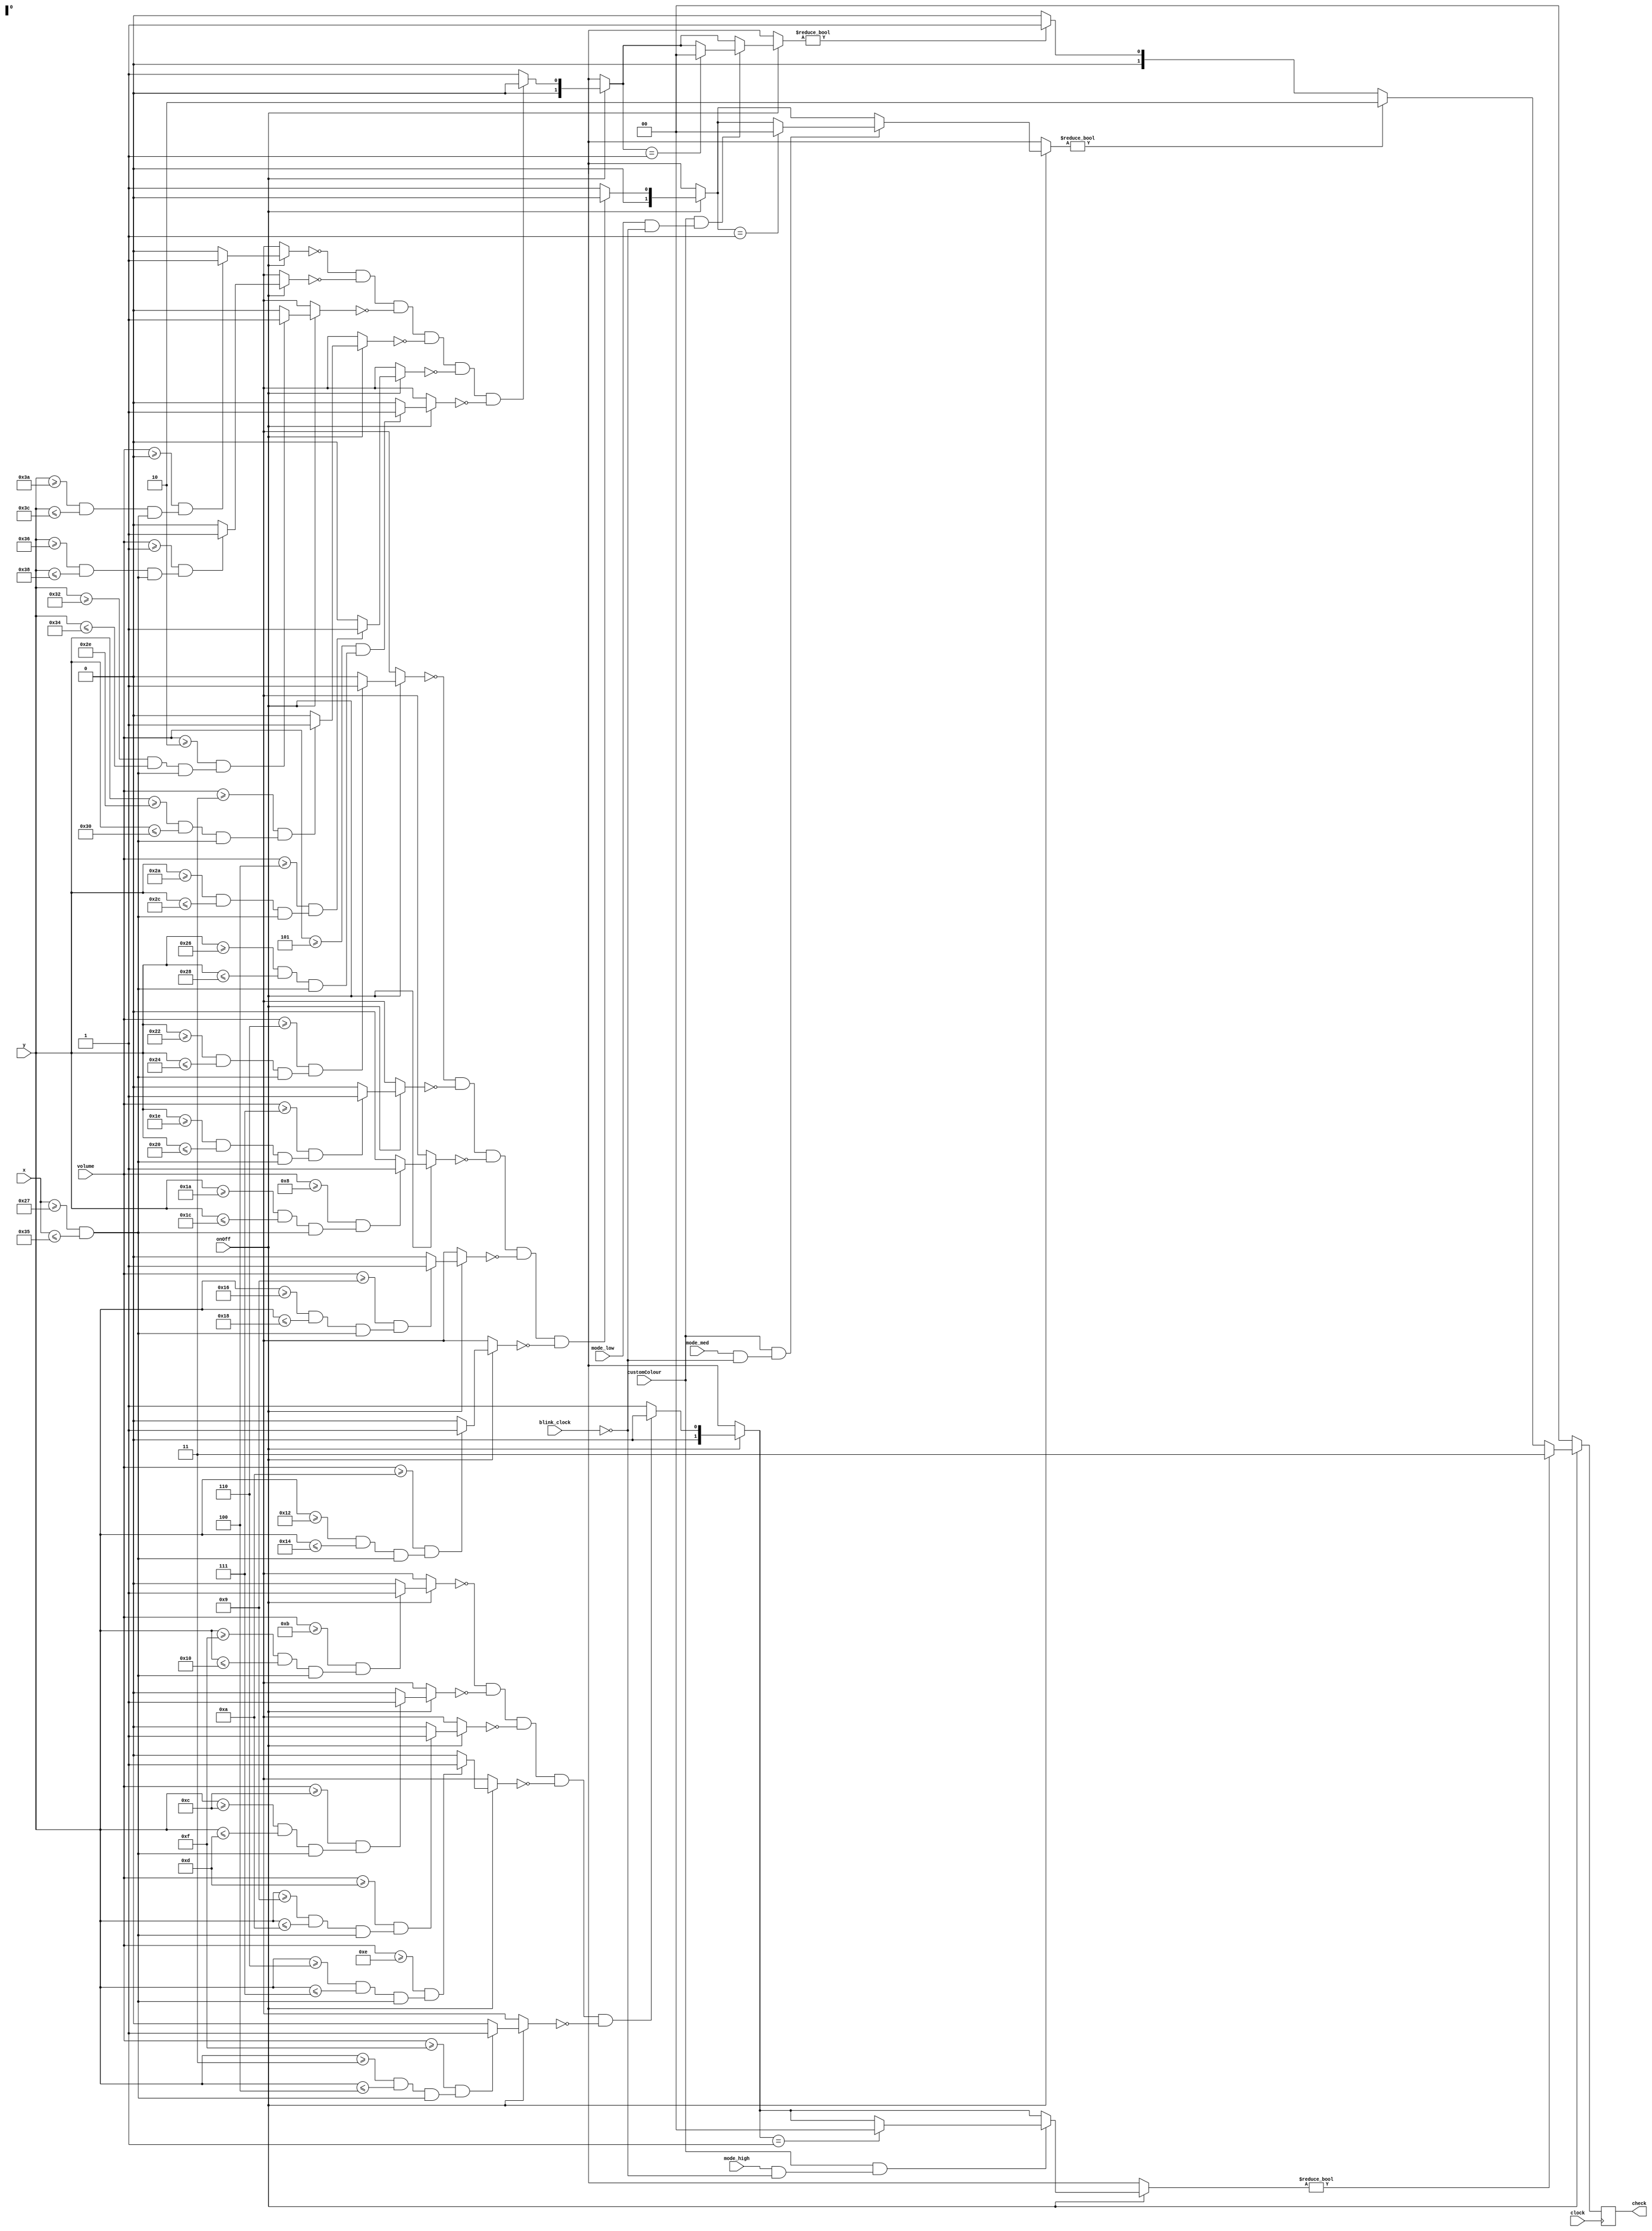
`timescale 1ns / 1ps
//////////////////////////////////////////////////////////////////////////////////
// Company: 
// Engineer: 
// 
// Design Name: 
// Module Name: volume_bar
// Project Name: 
// Target Devices: 
// Tool Versions: 
// Description: 
// 
// Dependencies: 
// 
// Revision:
// Revision 0.01 - File Created
// Additional Comments:
// 
//////////////////////////////////////////////////////////////////////////////////

//16 sound bars, 15 black lines: 58 horizontal rows to work with (Green & Yellow = 3 Pixels High, Red = 2 pixels High)
//Centre index = 47 x coordinate, 15 pixels wide (39-53)
module volume_bar(input [6:0] x, y, input clock, onOff, input [3:0] volume, output reg [1:0]check = 0, input blink_clock, mode_low, mode_med, mode_high, customColour);

    //All Flags used
    reg flag0 = 0;
    reg flag1 = 0;
    reg flag2 = 0;
    reg flag3 = 0;
    reg flag4 = 0;
    reg flag5 = 0;
    reg flag6 = 0;
    reg flag7 = 0;
    reg flag8 = 0;
    reg flag9 = 0;
    reg flag10 = 0;
    reg flag11 = 0;
    reg flag12 = 0;
    reg flag13 = 0;
    reg flag14 = 0;
    reg flag15 = 0;
    reg [1:0] low_volume = 0, medium_volume = 0, high_volume = 0;
    
    always @ (posedge clock)
    begin
        //Reset all the flags at start of each clock edge
        flag0 = 0;
        flag1 = 0;
        flag2 = 0;
        flag3 = 0;
        flag4 = 0;
        flag5 = 0;
        flag6 = 0;
        flag7 = 0;
        flag8 = 0;
        flag9 = 0;
        flag10 = 0;
        flag11 = 0;
        flag12 = 0;
        flag13 = 0;
        flag14 = 0;
        flag15 = 0;
        low_volume = 0;
        medium_volume = 0;
        high_volume = 0;
        
        //Volume Bar Enabled
        if(onOff == 1) 
        begin
            //High Volume
            if((volume >= 15) && ((y >= 3 && y <= 4) && (x >= 39 && x <= 53))) //Volume 15
            begin
                flag15 = 1;
            end    
            if((volume >= 14) && ((y >= 6 && y <= 7) && (x >= 39 && x <= 53))) //Volume 14
            begin
                flag14 = 1;
            end                        
            if((volume >= 13) && ((y >= 9 && y <= 10) && (x >= 39 && x <= 53))) //Volume 13
            begin
                flag13 = 1;
            end
            if((volume >= 12) && ((y >= 12 && y <= 13) && (x >= 39 && x <= 53))) //Volume 12
            begin
                flag12 = 1;
            end
            if((volume >= 11) && ((y >= 15 && y <= 16) && (x >= 39 && x <= 53))) //Volume 11
            begin
                flag11 = 1;
            end
            
            //Medium Volumes
            if((volume >= 10) && ((y >= 18 && y <= 20) && (x >= 39 && x <= 53))) //Volume 10
            begin
                flag10 = 1;
            end
            if((volume >= 9) && ((y >= 22 && y <= 24) && (x >= 39 && x <= 53))) //Volume 9
            begin
                flag9 = 1;
            end
            if((volume >= 8) && ((y >= 26 && y <= 28) && (x >= 39 && x <= 53))) //Volume 8
            begin
                flag8 = 1;
            end
            if((volume >= 7) && ((y >= 30 && y <= 32) && (x >= 39 && x <= 53))) //Volume 7
            begin
                flag7 = 1;
            end
            if((volume >= 6) && ((y >= 34 && y <= 36) && (x >= 39 && x <= 53))) //Volume 6
            begin
                flag6 = 1;
            end
            
            //Low Volumes
            if((volume >= 5) && ((y >= 38 && y <= 40) && (x >= 39 && x <= 53))) //Volume 5
            begin
                flag5 = 1;
            end
            if((volume >= 4) && ((y >= 42 && y <= 44) && (x >= 39 && x <= 53))) //Volume 4
            begin
                flag4 = 1;
            end
            if((volume >= 3) && ((y >= 46 && y <= 48) && (x >= 39 && x <= 53))) //Volume 3
            begin
                flag3 = 1;
            end
            if((volume >= 2) && ((y >= 50 && y <= 52) && (x >= 39 && x <= 53))) //Volume 2
            begin
                flag2 = 1;
            end
            if((volume >= 1) && ((y >= 54 && y <= 56) && (x >= 39 && x <= 53))) //Volume 1
            begin
                flag1 = 1;
            end
            if((volume >= 0) && ((y >= 58 && y <= 60) && (x >= 39 && x <= 53))) //Volume 0
            begin
                flag0 = 1;
            end
            
            //Determining output of colour flag 
            if(flag0 == 0 && flag1 == 0 && flag2 == 0 && flag3 == 0 && flag4 == 0 && flag5 == 0) 
                low_volume = 0;
            else
                low_volume = 1;
            
            if(flag6 == 0 && flag7 == 0 && flag8 == 0 && flag9 == 0 && flag10 == 0)
                medium_volume = 0;
            else
                medium_volume = 1;
                
            if(flag11 == 0 && flag12 == 0 && flag13 == 0 && flag14 == 0 && flag15 == 0)
                high_volume = 0;
            else
                high_volume = 1;
                
            //Blinking mode for custom mode
            if(customColour == 1 && (mode_low == 1 && blink_clock == 0))
            begin
                if(low_volume == 1)
                    low_volume = 0;
            end
            if(customColour == 1 && (mode_med == 1 && blink_clock == 0))
            begin
                if(medium_volume == 1)
                    medium_volume = 0;
            end
            if(customColour == 1 && (mode_high == 1 && blink_clock == 0))
            begin
                if(high_volume == 1)
                    high_volume = 0;
            end
                
            //Assigning output value for colour multiplexer
            check = (high_volume) ? 2'd3 : (medium_volume) ? 2'd2 : (low_volume) ? 2'd1 : 0;  
        end
        
        //Volume Bar Disabled
        else if(onOff == 0) 
            check = 0;    
    end
endmodule